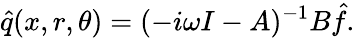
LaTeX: \hat{q}(x,r,\theta)=(-i\omega I-A)^{-1}B\hat{f}.